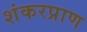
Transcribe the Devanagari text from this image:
शंकरप्राण